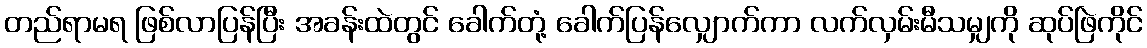
တည်ရာမရ ဖြစ်လာပြန်ပြီး အခန်းထဲတွင် ခေါက်တုံ့ ခေါက်ပြန်လျှောက်ကာ လက်လှမ်းမီသမျှကို ဆုပ်ဖြဲကိုင်